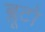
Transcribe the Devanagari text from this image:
ब्लूटो